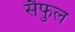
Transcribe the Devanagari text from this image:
सैफुल